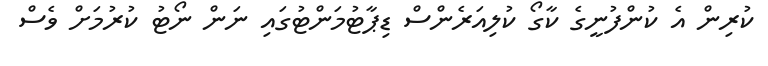
ކުރިން އެ ކުންފުނީގެ ކާގޯ ކުލިއަރެންސް ޑިޕާޓުމަންޓުގައި ނަން ނޯޓު ކުރުމަށް ވެސް